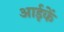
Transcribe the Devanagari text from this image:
आईकें